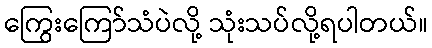
ကြွေးကြော်သံပဲလို့ သုံးသပ်လို့ရပါတယ်။